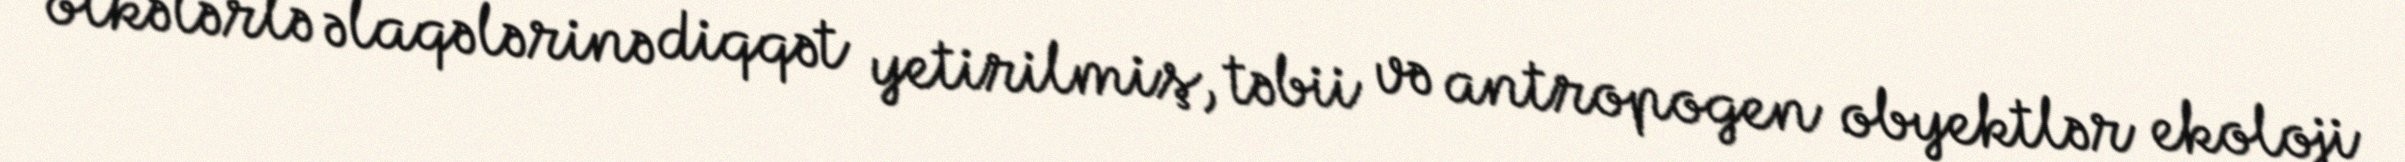
ölkələrlə əlaqələrinə diqqət yetirilmiş, təbii və antropogen obyektlər ekoloji